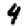
Digit: 4